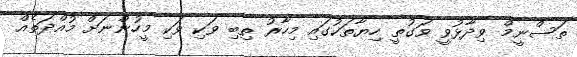
ތަސްނީމް ވިދާޅުވީ ވަގުތީ ހިޔާތަކުގައި މިހާރު ތިބި ވަކި ވަކި މީހުންނަށް މުއްދަތެއް